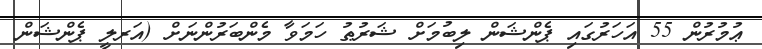
ޢުމުރުން 55 އަހަރުގައި ޕެންޝަން ލިބުމަށް ޝަރުޠު ހަމަވާ މެންބަރުންނަށް (އަރލީ ޕެންޝަން